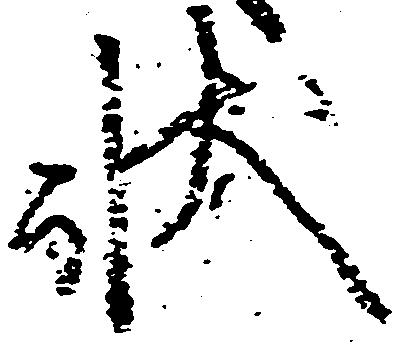
状